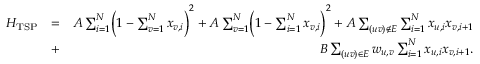
\begin{array} { r l r } { H _ { \mathrm { T S P } } } & { = } & { A \sum _ { i = 1 } ^ { N } \biggl ( 1 - \sum _ { v = 1 } ^ { N } x _ { v , i } \biggr ) ^ { 2 } + A \sum _ { v = 1 } ^ { N } \biggl ( 1 - \sum _ { i = 1 } ^ { N } x _ { v , i } \biggr ) ^ { 2 } + A \sum _ { ( u v ) \notin E } \sum _ { i = 1 } ^ { N } x _ { u , i } x _ { v , i + 1 } } \\ & { + } & { B \sum _ { ( u v ) \in E } w _ { u , v } \sum _ { i = 1 } ^ { N } x _ { u , i } x _ { v , i + 1 } . } \end{array}